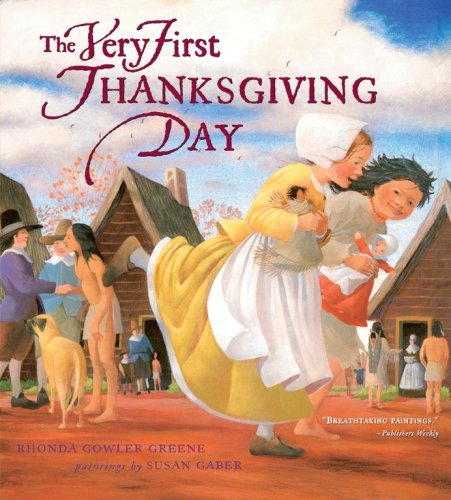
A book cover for The Very First Thanksgiving Day; Rhonda Gowler Greene; Children's Books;